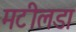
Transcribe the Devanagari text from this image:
मटीलडा